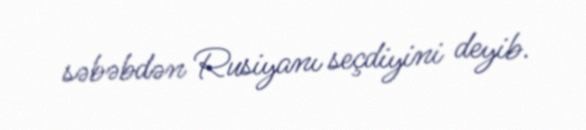
səbəbdən Rusiyanı seçdiyini deyib.